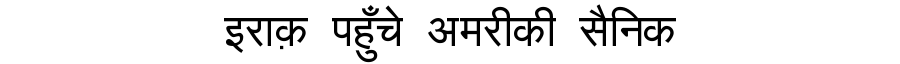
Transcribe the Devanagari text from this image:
इराक़ पहुँचे अमरीकी सैनिक